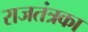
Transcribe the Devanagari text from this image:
राजतंत्रका